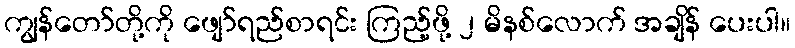
ကျွန်တော်တို့ကို ဖျော်ရည်စာရင်း ကြည့်ဖို့ ၂ မိနစ်လောက် အချိန် ပေးပါ။